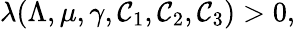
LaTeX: \lambda(\Lambda,\mu,\gamma,\mathcal{C}_{1},\mathcal{C}_{2},\mathcal{C}_{3})>0,